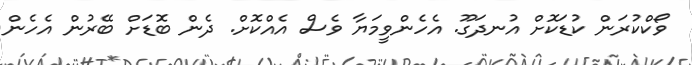
ވޯކްކުރަން ކުޑަކޮށް އުނދަގޫ. އެހެންވީމަޔާ ވެސް އެއްކޮށް. ދެން ބޮޑަށް ބޭރުން އެހެން